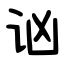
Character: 讻